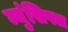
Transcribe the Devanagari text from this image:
म्युंसिपल